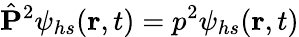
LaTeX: \hat{\mathbf{P}}^{2}\psi_{hs}(\mathbf{r},t)=p^{2}\psi_{hs}(\mathbf{r},t)